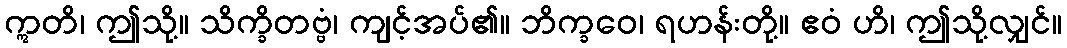
ဣတိ၊ ဤသို့။ သိက္ခိတဗ္ဗံ၊ ကျင့်အပ်၏။ ဘိက္ခဝေ၊ ရဟန်းတို့။ ဧဝံ ဟိ၊ ဤသို့လျှင်။